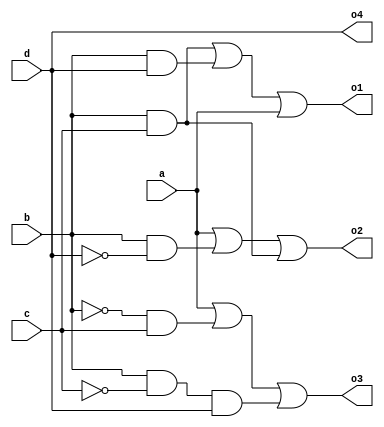
`timescale 1ns / 1ps

module conv(a, b, c, d, o1, o2, o3, o4);
    input a, b, c, d;
    output o1, o2, o3, o4;

    assign o1 = (b&c)|(b&d)|a;
    assign o2 = a|(b&~d)|(b&c);
    assign o3 = a|(~b&c)|(b&~c&d);
    assign o4 = d;

endmodule